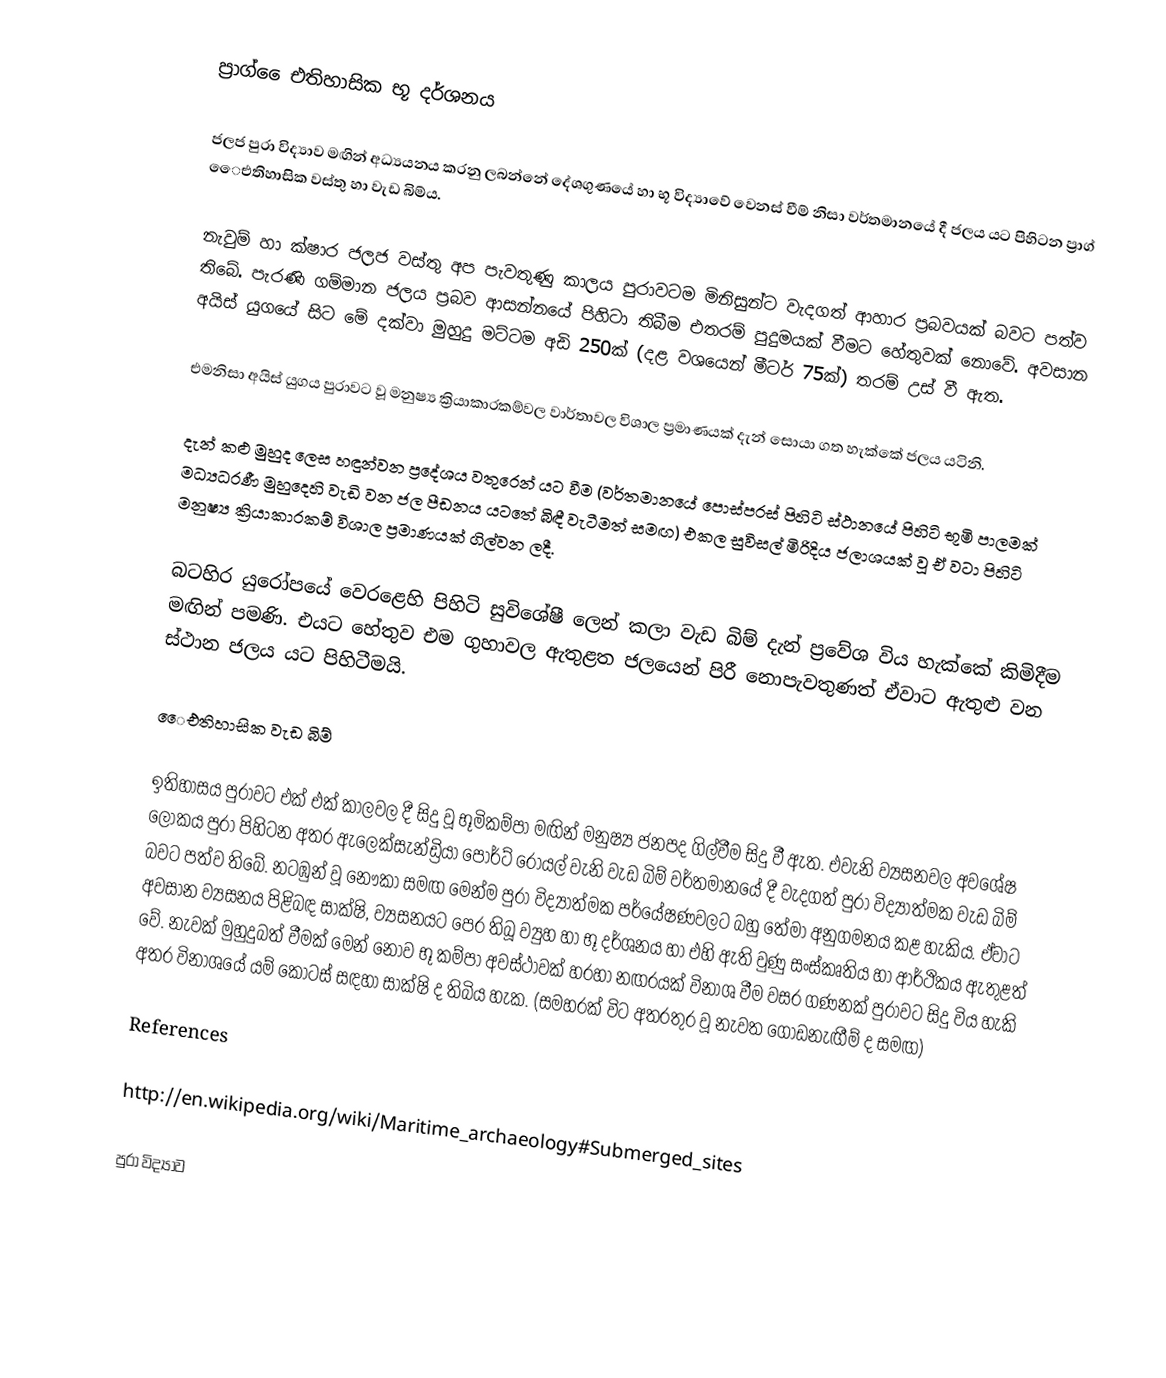
ප්‍රාග් ‍ෛඑතිහාසික භූ දර්ශනය

ජලජ පුරා විද්‍යාව මඟින් අධ්‍යයනය කරනු ලබන්නේ දේශගුණයේ හා භූ විද්‍යාවේ වෙනස් වීම් නිසා වර්තමානයේ දී ජලය යට පිහිටන ප්‍රාග් ‍ෛඑතිහාසික වස්තු හා වැඩ බිම්ය.

නැවුම් හා ක්ෂාර ජලජ වස්තු අප පැවතුණු කාලය පුරාවටම මිනිසුන්ට වැදගත් ආහාර ප්‍රබවයක් බවට පත්ව තිබේ. පැරණි ගම්මාන ජලය ප්‍රබව ආසන්නයේ පිහිටා තිබීම එතරම් පුදුමයක් වීමට හේතුවක් නොවේ. අවසාන ‍අයිස් යුගයේ සිට මේ දක්වා මුහුදු මට්ටම අඩි 250ක් (දළ වශයෙන් මීටර් 75ක්) තරම් උස් වී ඇත.

එමනිසා අයිස් යුගය පුරාවට වූ මනුෂ්‍ය ක්‍රියාකාරකම්වල වාර්තාවල විශාල ප්‍රමාණයක් දැන් සොයා ගත හැක්කේ ජලය යටිනි.

දැන් කළු මුහුද ලෙස හඳුන්වන ප්‍රදේශය වතුරෙන් යට වීම (වර්තමානයේ පොස්පරස් පිහිටි ස්ථානයේ පිහිටි භූමි පාලමක් මධ්‍යධරණී මුහුදෙහි වැඩි වන ජල පීඩනය යටතේ බිඳී වැටීමත් සමඟ) එකල සුවිසල් මිරිදිය ජලාශයක් වූ ඒ වටා පිහිටි මනුෂ්‍ය ක්‍රියාකාරකම් විශාල ප්‍රමාණයක් ගිල්වන ලදී.

බටහිර යුරෝපයේ වෙරළෙහි පිහිටි සුවිශේෂී ලෙන් කලා වැඩ බිම් දැන් ප්‍රවේශ විය හැක්කේ කිමිදීම මඟින් පමණි. එයට හේතුව එම ගුහාවල ඇතුළත ජලයෙන් පිරී නොපැවතුණත් ඒවාට ඇතුළු වන ස්ථාන ජලය යට පිහිටීමයි.

‍ෛඑතිහාසික වැඩ බිම්

ඉතිහාසය පුරාවට එක් එක් කාලවල දී සිදු වූ භූමිකම්පා මඟින් මනුෂ්‍ය ජනපද ගිල්වීම සිදු වී ඇත. එවැනි ව්‍යසනවල අවශේෂ ලෝකය පුරා පිහිටන අතර ඇලෙක්සැන්ඩ්‍රියා පෝර්ට් රෝයල් වැනි වැඩ බිම් වර්තමානයේ දී වැදගත් පුරා විද්‍යාත්මක වැඩ බිම් බවට පත්ව තිබේ. නටඹුන් වූ නෞකා සමඟ මෙන්ම පුරා විද්‍යාත්මක පර්යේෂණවලට බහු තේමා අනුගමනය කළ හැකිය. ඒවාට අවසාන ව්‍යසනය පිළිබඳ සාක්ෂි, ව්‍යසනයට පෙර තිබූ ව්‍යුහ හා භූ දර්ශනය හා එහි ඇති වුණු සංස්කෘතිය හා ආර්ථිකය ඇතුළත් වේ. නැවක් මුහුදුබත් වීමක් මෙන් නොව භූ කම්පා අවස්ථාවක් හරහා නඟරයක් විනාශ වීම වසර ගණනක් පුරාවට සිදු විය හැකි අතර විනාශයේ යම් කොටස් සඳහා සාක්ෂි ද තිබිය හැක. (සමහරක් විට අතරතුර වූ නැවත ගොඩනැඟීම් ද සමඟ)

References

http://en.wikipedia.org/wiki/Maritime_archaeology#Submerged_sites

පුරා විද්‍යාව